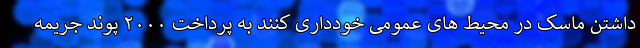
داشتن ماسک در محیط های عمومی خودداری کنند به پرداخت ۲۰۰۰ پوند جریمه